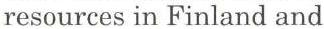
resources in Finland and